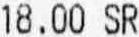
18.00 SR